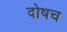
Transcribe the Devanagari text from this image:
दोषच